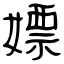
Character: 嫖